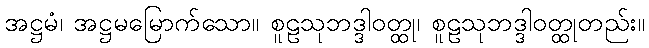
အဋ္ဌမံ၊ အဋ္ဌမမြောက်သော။ စူဠသုဘဒ္ဒါဝတ္ထု၊ စူဠသုဘဒ္ဒါဝတ္ထုတည်း။